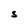
Character: S